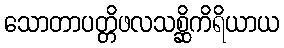
သောတာပတ္တိဖလသစ္ဆိကိရိယာယ